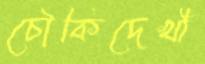
চৌকিদেখী